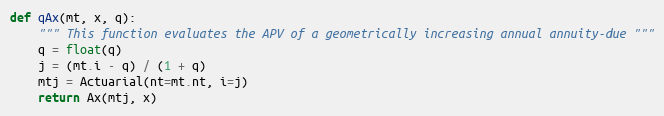
Language: Python
def qAx(mt, x, q):
    """ This function evaluates the APV of a geometrically increasing annual annuity-due """
    q = float(q)
    j = (mt.i - q) / (1 + q)
    mtj = Actuarial(nt=mt.nt, i=j)
    return Ax(mtj, x)